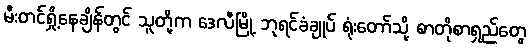
မီးတင်ရှို့နေချိန်တွင် သူတို့က ဒေလီမြို့ ဘုရင်ခံချုပ် ရုံးတော်သို့ စာတိုစာရှည်တွေ